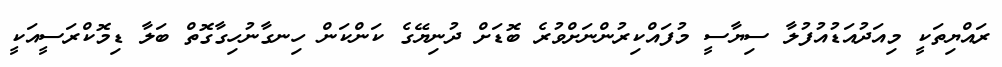
ރައްޔިތަކީ މިއަދުއަޑުއުފުލާ ސިޔާސީ މުފައްކިރުންނަށްވުރެ ބޮޑަށް ދުނިޔޭގެ ކަންކަން ހިނގާނުހިގާގޮތް ބަލާ ޑިމޮކްރަސީއަކީ